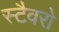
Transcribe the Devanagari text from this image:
स्टैवरो